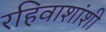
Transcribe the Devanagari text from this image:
रहिवाशांशी